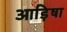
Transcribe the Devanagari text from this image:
आड़िषा